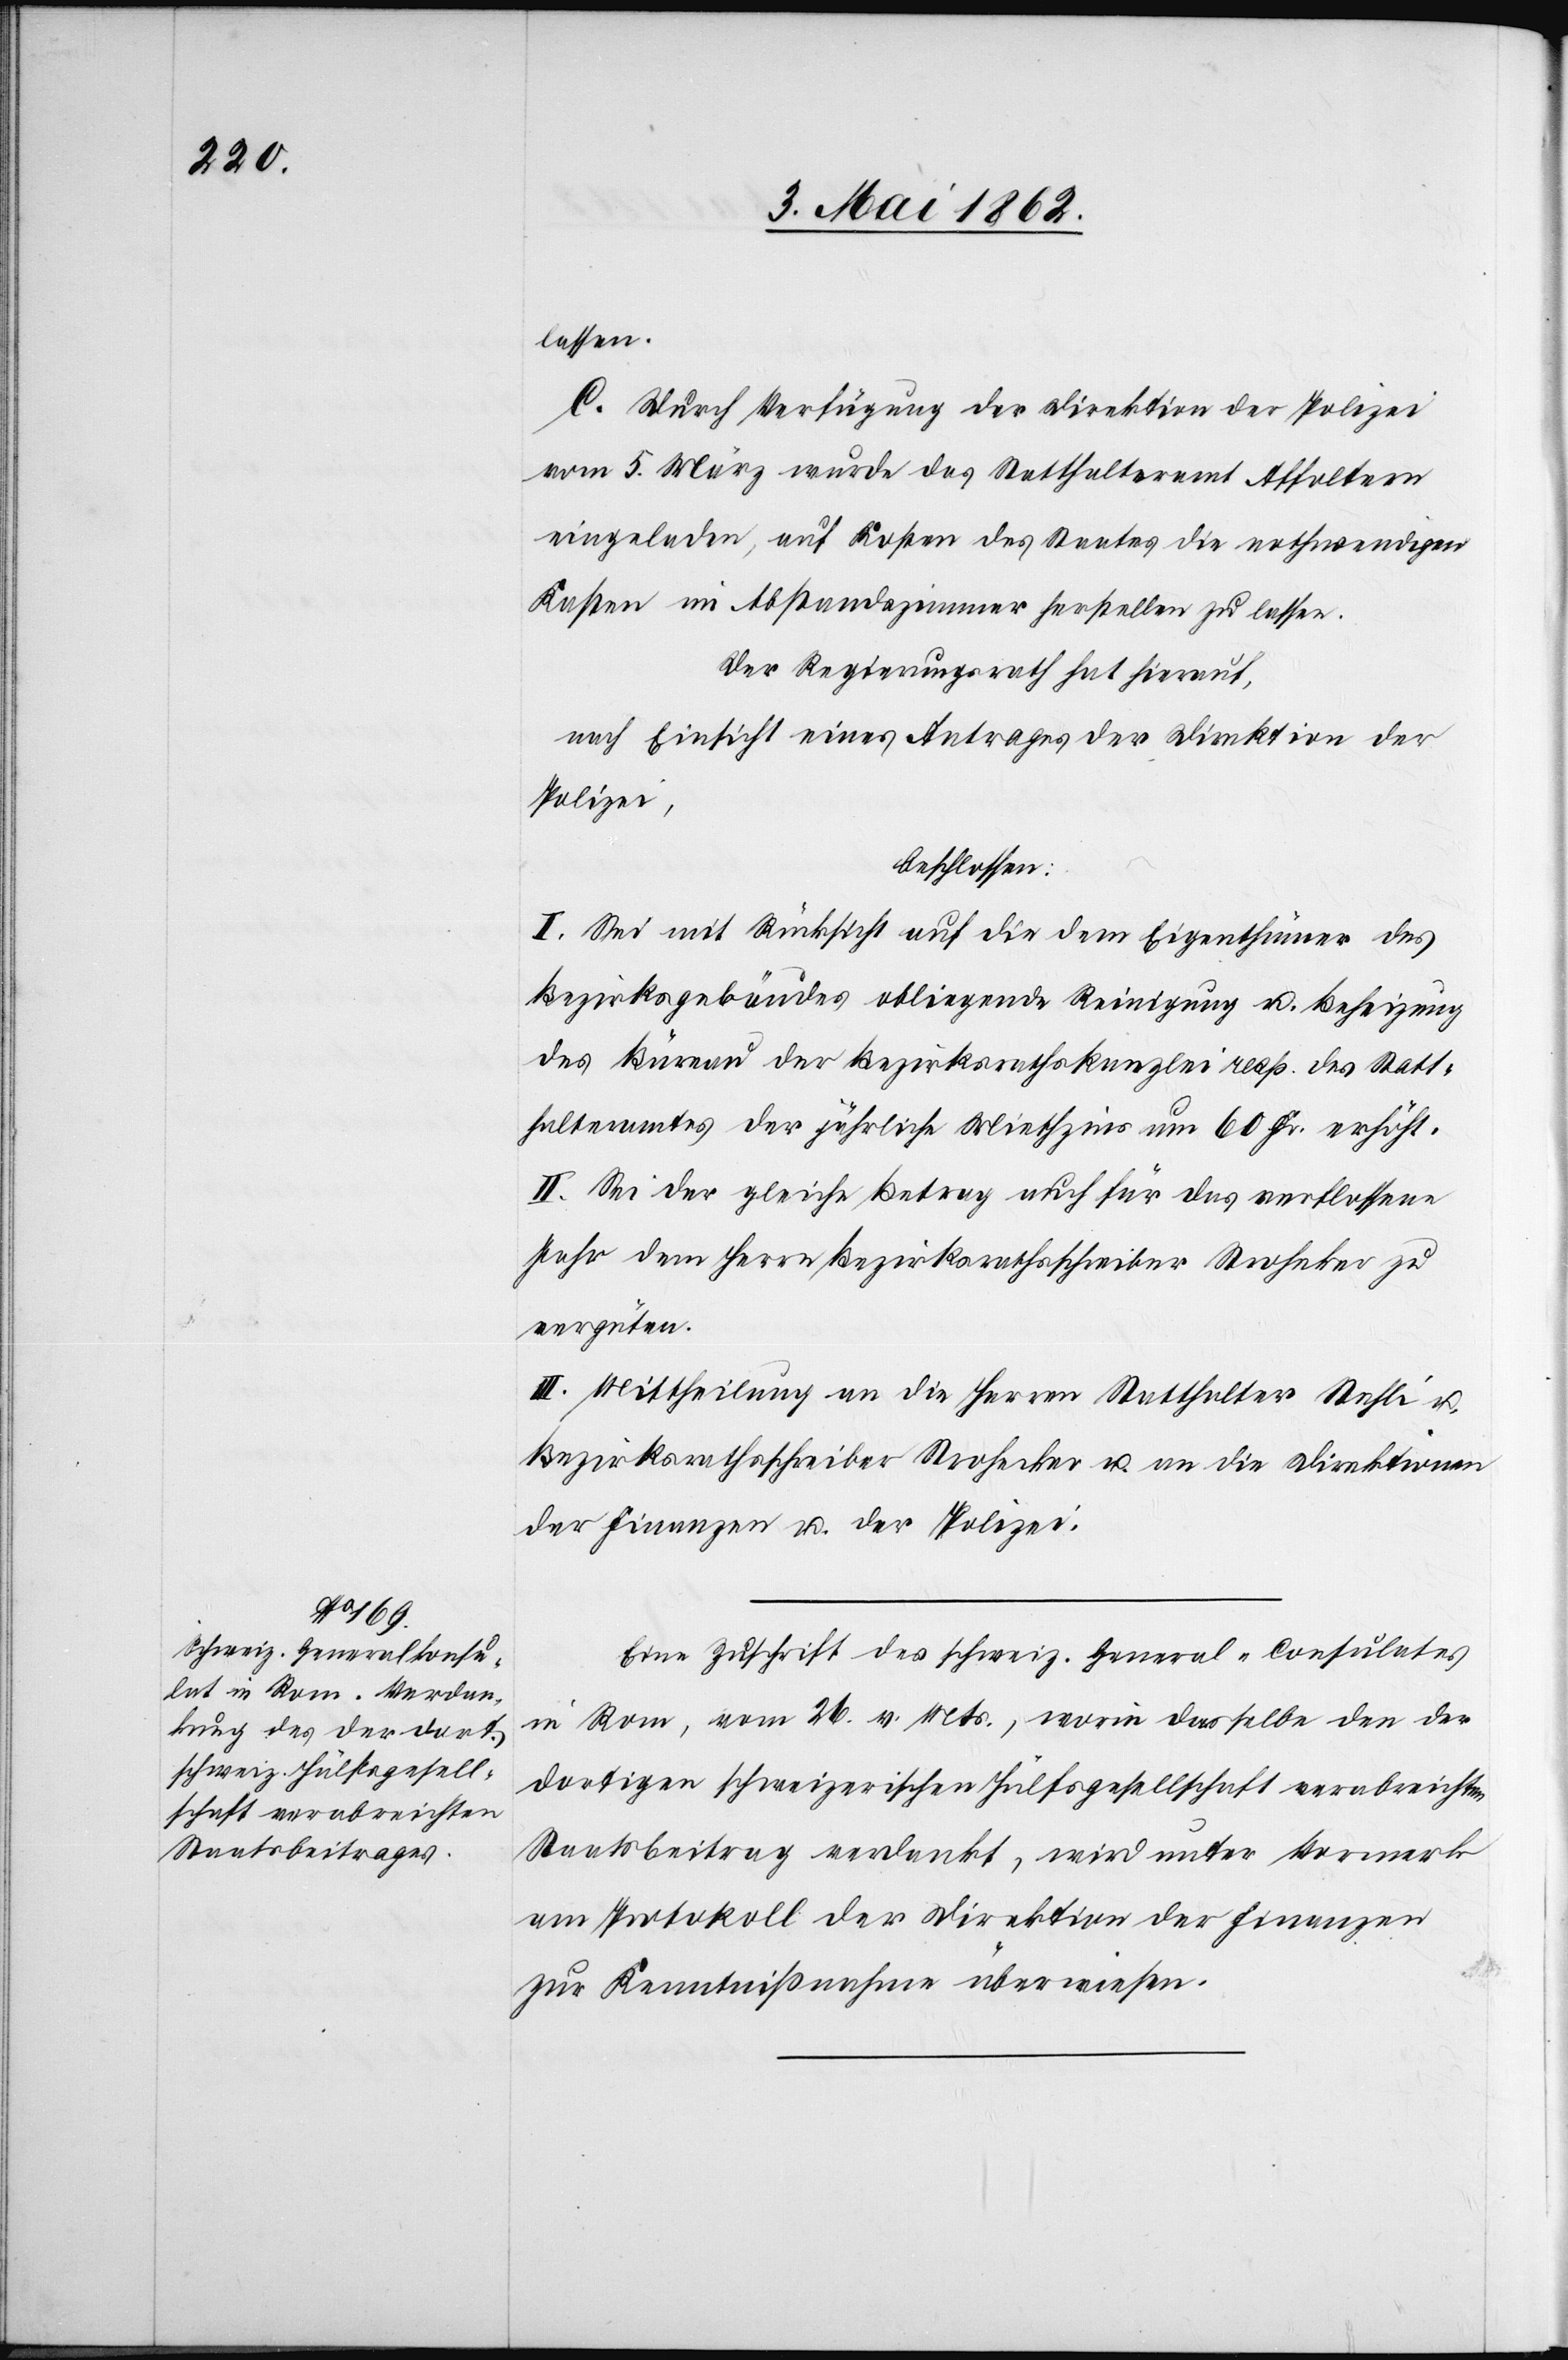
lassen.
C. Durch Verfügung der Direktion der Polizei
vom 5. März wurde das Statthalteramt Affoltern
eingeladen, auf Kosten des Staates die nothwendigen
Kosten im Abstandszimmer herstellen zu lassen.
Der Regierungsrath hat hierauf,
nach Einsicht eines Antrages der Direktion der
Polizei,
beschlossen:
I. Sei mit Rücksicht auf die dem Eigenthümer des
Bezirksgebäudes obliegende Reinigung u. Beheizung
des Büreau der Bezirksrathskanzlei resp. des Statt¬
halteramtes der jährliche Miethzins um 60 Fr. erhöht.
II. Sei der gleiche Betrag für das verflossene
Jahr dem Herrn Bezirksrathsschreiber Strohecker zu
vergüten.
III. Mittheilung an die Herren Statthalter Stehli u.
Bezirksrathsschreiber Strohecker u. an die Direktionen
der Finanzen u. der Polizei.
Eine Zuschrift des schweiz. General-Consulates
in Rom, vom 26. v. Mts., worin dasselbe den der
dortigen schweizerischen Hülfsgesellschaft verabreichten
Staatsbeitrag verdankt, wird unter Vormerk
am Protokoll der Direktion der Finanzen
zur Kenntnißnahme überwiesen.